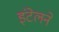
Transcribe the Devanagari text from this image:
इंटेलने